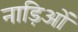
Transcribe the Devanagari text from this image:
नाड़िओं